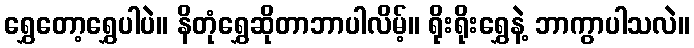
ရွှေတော့ရွှေပါပဲ။ နိတုံရွှေဆိုတာဘာပါလိမ့်။ ရိုးရိုးရွှေနဲ့ ဘာကွာပါသလဲ။